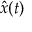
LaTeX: { \hat { x } } ( t )